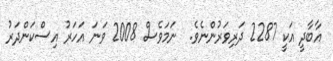
އާބާދީ އަކީ 2287 ދަރިވަރުންނެވެ.  ނަމަވެސް 2008 ވަނަ އަހަރު އިސްކަންދަރު